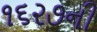
૧૬૨૭ની